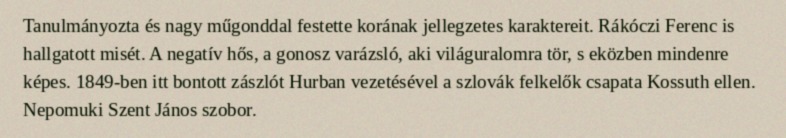
Tanulmányozta és nagy műgonddal festette korának jellegzetes karaktereit. Rákóczi Ferenc is hallgatott misét. A negatív hős, a gonosz varázsló, aki világuralomra tör, s eközben mindenre képes. 1849-ben itt bontott zászlót Hurban vezetésével a szlovák felkelők csapata Kossuth ellen. Nepomuki Szent János szobor.